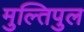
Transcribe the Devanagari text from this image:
मुल्तिपुल